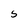
Character: s